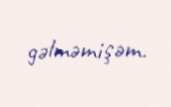
gəlməmişəm.